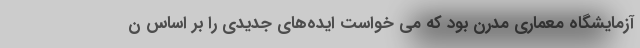
آزمایشگاه معماری مدرن بود که می خواست ایده‌های جدیدی را بر اساس ن